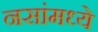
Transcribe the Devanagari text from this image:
नसांमध्ये